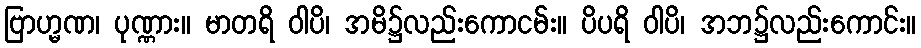
ဗြာဟ္မဏ၊ ပုဏ္ဏား။ မာတရိ ဝါပိ၊ အမိ၌လည်းကောငမ်း။ ပိပရိ ဝါပိ၊ အဘ၌လည်းကောင်း။